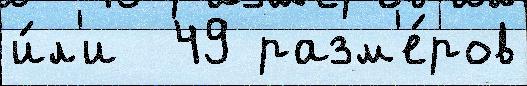
и́л'и  49 разм'е́ров